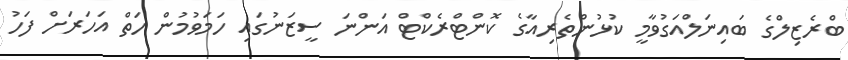
ބްރެޒިލްގެ ބައިނަލްއަގުވާމީ ކުޅުންތެރިއާގެ ކޮންޓްރެކްޓް އަންނަ ސީޒަނުގައި ހަމަވުމުން ހަތް އަހަރަށް ފަހު